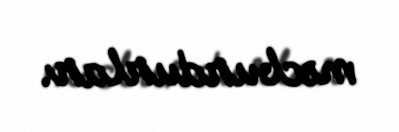
məcburdurlar.